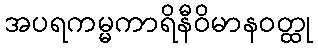
အပရကမ္မကာရိနီဝိမာနဝတ္ထု